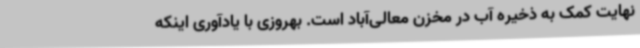
نهایت کمک به ذخیره آب در مخزن معالی‌آباد است. بهروزی با یادآوری اینکه